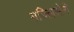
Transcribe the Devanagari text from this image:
मज्लिसेने